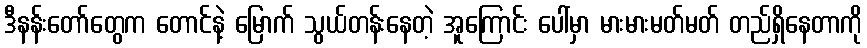
ဒီနန်းတော်တွေက တောင်နဲ့ မြောက် သွယ်တန်းနေတဲ့ အူကြောင်း ပေါ်မှာ မားမားမတ်မတ် တည်ရှိနေတာကို